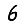
Digit: 6